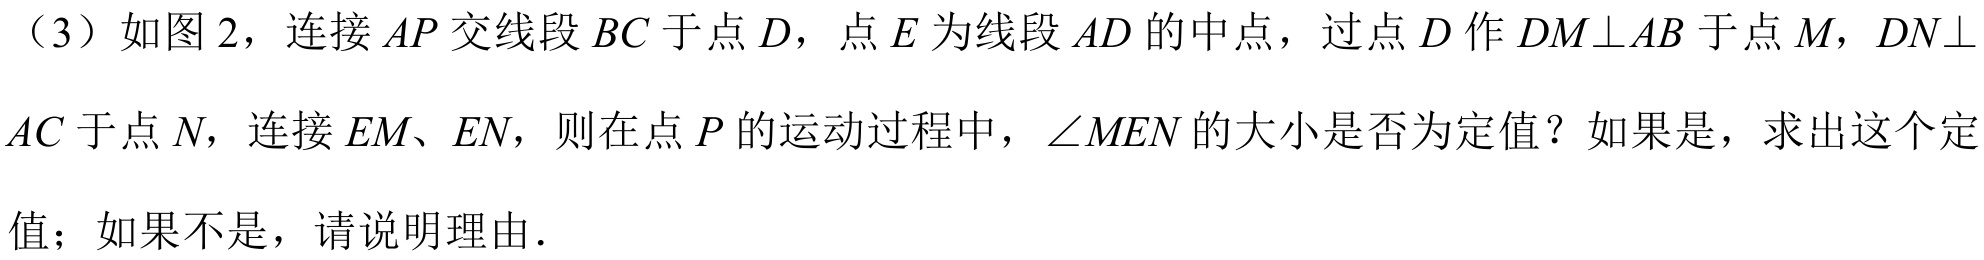
（3）如图 2，连接 \(AP\) 交线段 \(BC\) 于点 \(D\)，点 \(E\) 为线段 \(AD\) 的中点，过点 \(D\) 作 \(DM\perp AB\) 于点 \(M\)，\(DN\perp AC\) 于点 \(N\)，连接 \(EM\)、\(EN\)，则在点 \(P\) 的运动过程中，\(\angle MEN\) 的大小是否为定值？如果是，求出这个定值；如果不是，请说明理由.